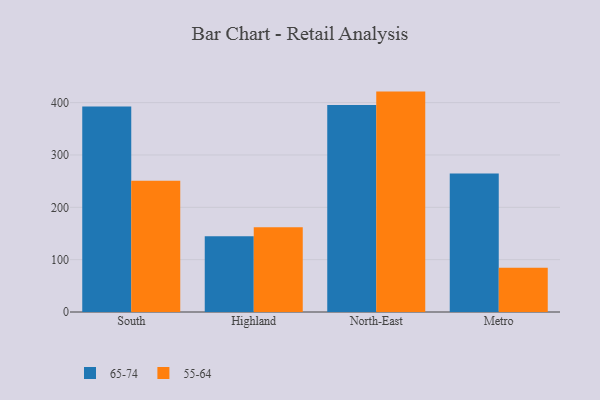
{"axis": {"x": "Region", "y": "Headcount"}, "legend": ["55-64", "65-74"], "data": [{"x": "South", "y": 392.5, "type": "65-74"}, {"x": "South", "y": 250.6, "type": "55-64"}, {"x": "Highland", "y": 144.8, "type": "65-74"}, {"x": "Highland", "y": 161.7, "type": "55-64"}, {"x": "North-East", "y": 395.7, "type": "65-74"}, {"x": "North-East", "y": 421.1, "type": "55-64"}, {"x": "Metro", "y": 264.5, "type": "65-74"}, {"x": "Metro", "y": 84.6, "type": "55-64"}]}